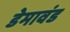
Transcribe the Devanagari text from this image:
डेमावंड